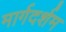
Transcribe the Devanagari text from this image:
मार्गदर्शम